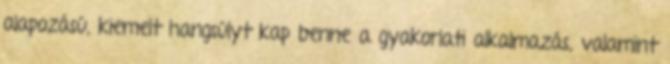
alapozású, kiemelt hangsúlyt kap benne a gyakorlati alkalmazás, valamint